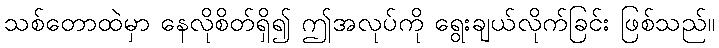
သစ်တောထဲမှာ နေလိုစိတ်ရှိ၍ ဤအလုပ်ကို ရွေးချယ်လိုက်ခြင်း ဖြစ်သည်။